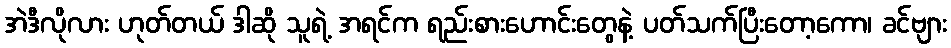
အဲဒီလိုလား ဟုတ်တယ် ဒါဆို သူရဲ့ အရင်က ရည်းစားဟောင်းတွေနဲ့ ပတ်သက်ပြီးတော့ကော၊ ခင်ဗျား